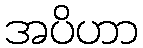
အပိဟာ